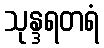
သုန္ဒရတရံ